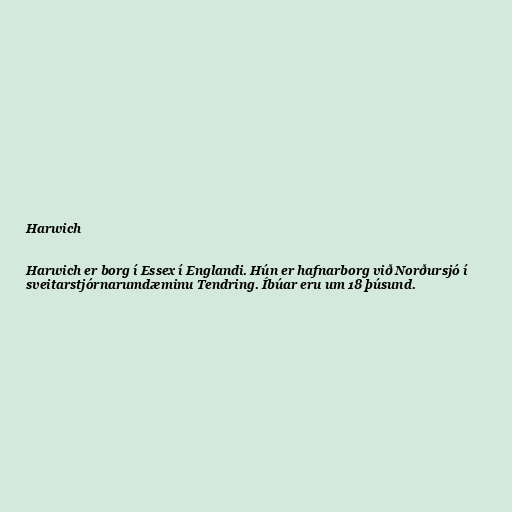
Harwich

Harwich er borg í Essex í Englandi. Hún er hafnarborg við Norðursjó í
sveitarstjórnarumdæminu Tendring. Íbúar eru um 18 þúsund.